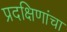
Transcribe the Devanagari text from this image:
प्रदक्षिणांचा